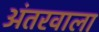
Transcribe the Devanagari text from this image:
अंतरवाला